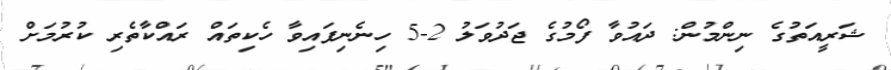
ޝަރީއަތުގެ ނިންމުން: ދައުވާ ފޯމުގެ ޖަދުވަލު 2-5 ހިނެނިފައިވާ ހެކިތައް ރައްކާތެރި ކުރުމަށް